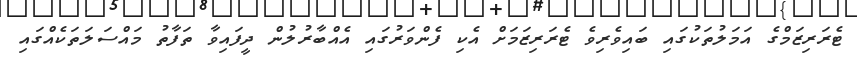
ޓެރަރިޒަމްގެ އަމަލުތަކުގައި ބައިވެރިވެ ޓެރަރިޒަމަށް އެކި ފެންވަރުގައި އެއްބާރުލުން ދީފައިވާ ތަފާތު މައްސަލަތަކެއްގައި